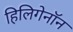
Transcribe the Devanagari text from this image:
हिलिगेनॉन